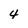
Character: 4